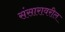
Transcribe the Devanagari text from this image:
संसारावरील